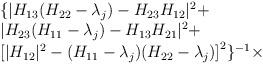
LaTeX: \begin{align*}\begin{array}{l}\{ |H_{13}(H_{22}-\lambda_{j})-H_{23}H_{12}|^{2}+\\|H_{23}(H_{11}-\lambda_{j})-H_{13}H_{21}|^{2}+\\\left[|H_{12}|^{2}-(H_{11}-\lambda_{j})(H_{22}-\lambda_{j})\right]^{2}\}^{-1}\times\end{array}\end{align*}